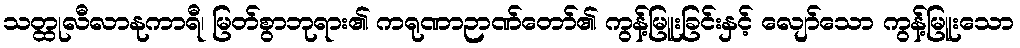
သတ္ထုလီလာနုကာရီ၊ မြတ်စွာဘုရား၏ ကရုဏာဉာဏ်တော်၏ ကွန့်မြူးခြင်းနှင့် လျော်သော ကွန့်မြူးသော